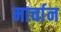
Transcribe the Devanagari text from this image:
मार्चान